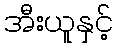
အီးယူနှင့်